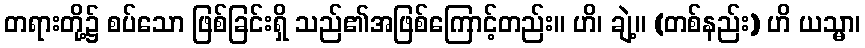
တရားတို့၌ စပ်သော ဖြစ်ခြင်းရှိ သည်၏အဖြစ်ကြောင့်တည်း။ ဟိ၊ ချဲ့။ (တစ်နည်း) ဟိ ယသ္မာ၊